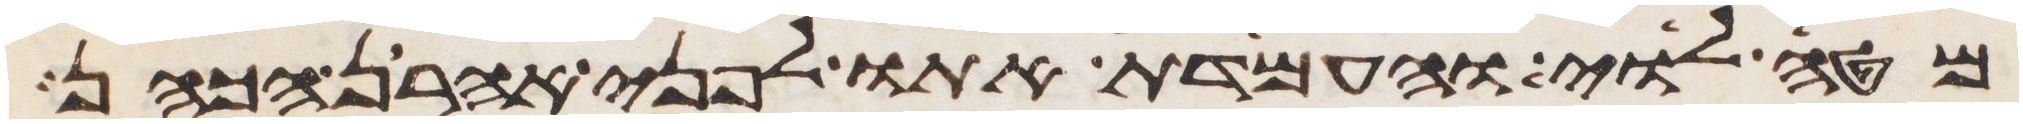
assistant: מטה לוי והעמדת אתו לפני אהרן הכהן